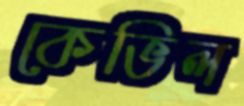
কেভিল